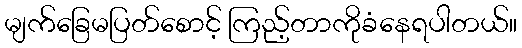
မျက်ခြေမပြတ်စောင့် ကြည့်တာကိုခံနေရပါတယ်။